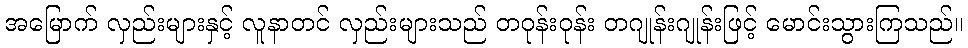
အမြောက် လှည်းများနှင့် လူနာတင် လှည်းများသည် တဝုန်းဝုန်း တဂျုန်းဂျုန်းဖြင့် မောင်းသွားကြသည်။